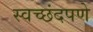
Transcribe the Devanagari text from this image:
स्वच्छंदपणे